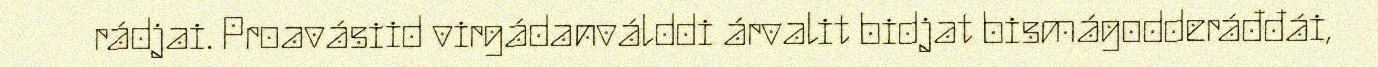
rádjai. Proavásiid virgádanválddi árvalit bidjat bismágodderáđđái,